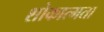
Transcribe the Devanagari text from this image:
शोकात्मता